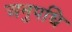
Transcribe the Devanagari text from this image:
अनुपधि